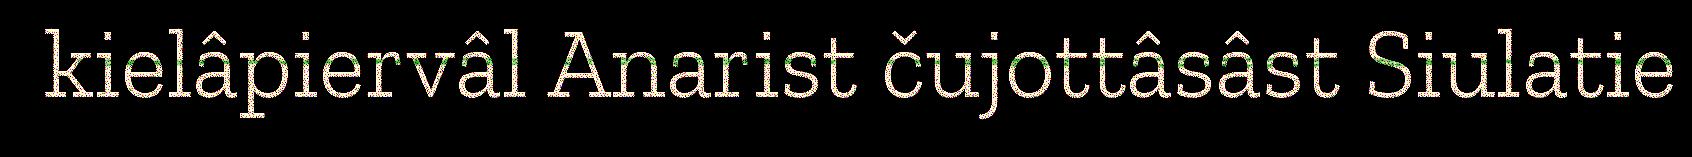
kielâpiervâl Anarist čujottâsâst Siulatie